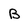
Character: B